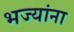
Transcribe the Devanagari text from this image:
भज्यांना